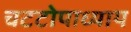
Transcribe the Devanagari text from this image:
चटटोपाध्याय